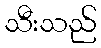
သီးသည်